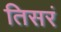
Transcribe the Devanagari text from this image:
तिसरं